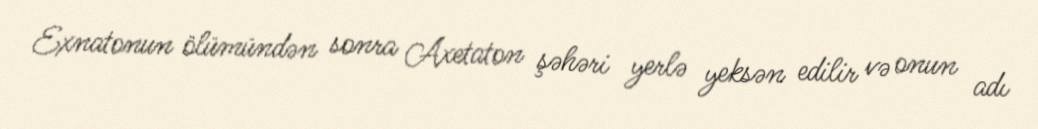
Exnatonun ölümündən sonra Axetaton şəhəri yerlə yeksən edilir və onun adı